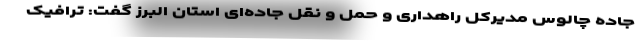
جاده چالوس مدیرکل راهداری و حمل و نقل جاده‌ای استان البرز گفت: ترافیک